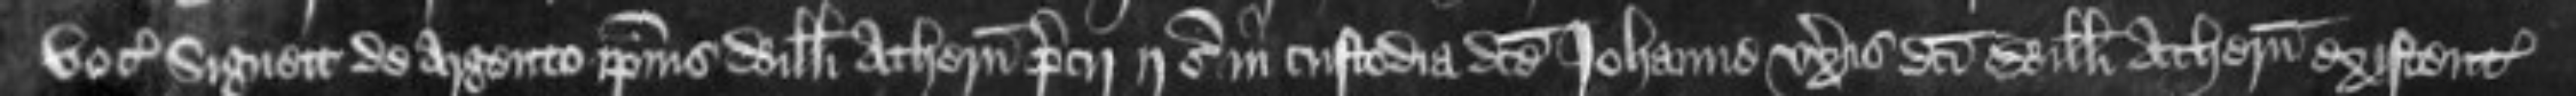
vocatum Signett de argento ipsius Willelmi Athern precii ij s in custodia dicte Johanne uxoris dicti Willelmi Athern existentem